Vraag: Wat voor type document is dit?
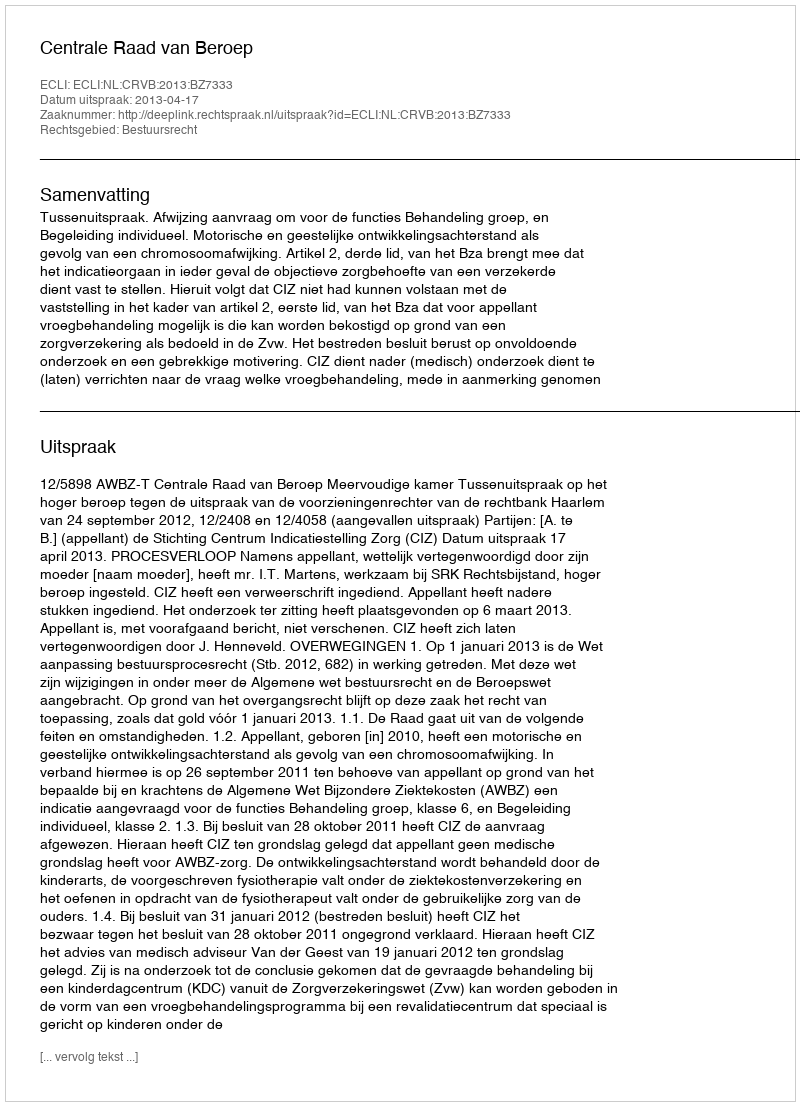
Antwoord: Uitspraak